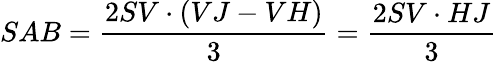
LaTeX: SAB={\frac{2SV\cdot(VJ-VH)}{3}}={\frac{2SV\cdot HJ}{3}}